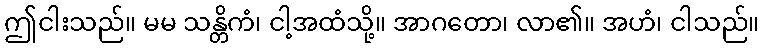
ဤငါးသည်။ မမ သန္တိကံ၊ ငါ့အထံသို့။ အာဂတော၊ လာ၏။ အဟံ၊ ငါသည်။